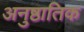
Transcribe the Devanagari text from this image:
अनुष्ठातिक